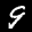
Label: 9